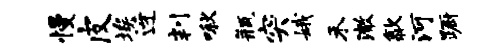
慢皮埃迓判啾瓶突娥禾澈歙河蹰